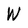
Character: W